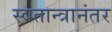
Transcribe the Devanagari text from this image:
स्वतान्त्रानंतर